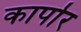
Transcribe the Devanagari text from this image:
कार्पार